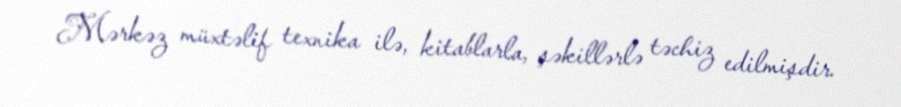
Mərkəz müxtəlif texnika ilə, kitablarla, şəkillərlə təchiz edilmişdir.